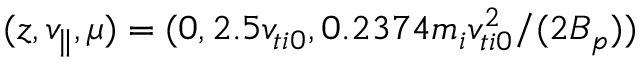
( z , v _ { \parallel } , \mu ) = ( 0 , 2 . 5 v _ { t i 0 } , 0 . 2 3 7 4 m _ { i } v _ { t i 0 } ^ { 2 } / ( 2 \ensuremath { B _ { p } } ) )